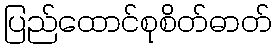
ပြည်ထောင်စုစိတ်ဓာတ်